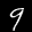
Label: 9